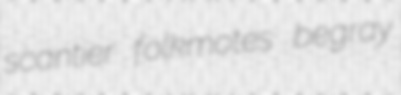
scantier folkmotes begray